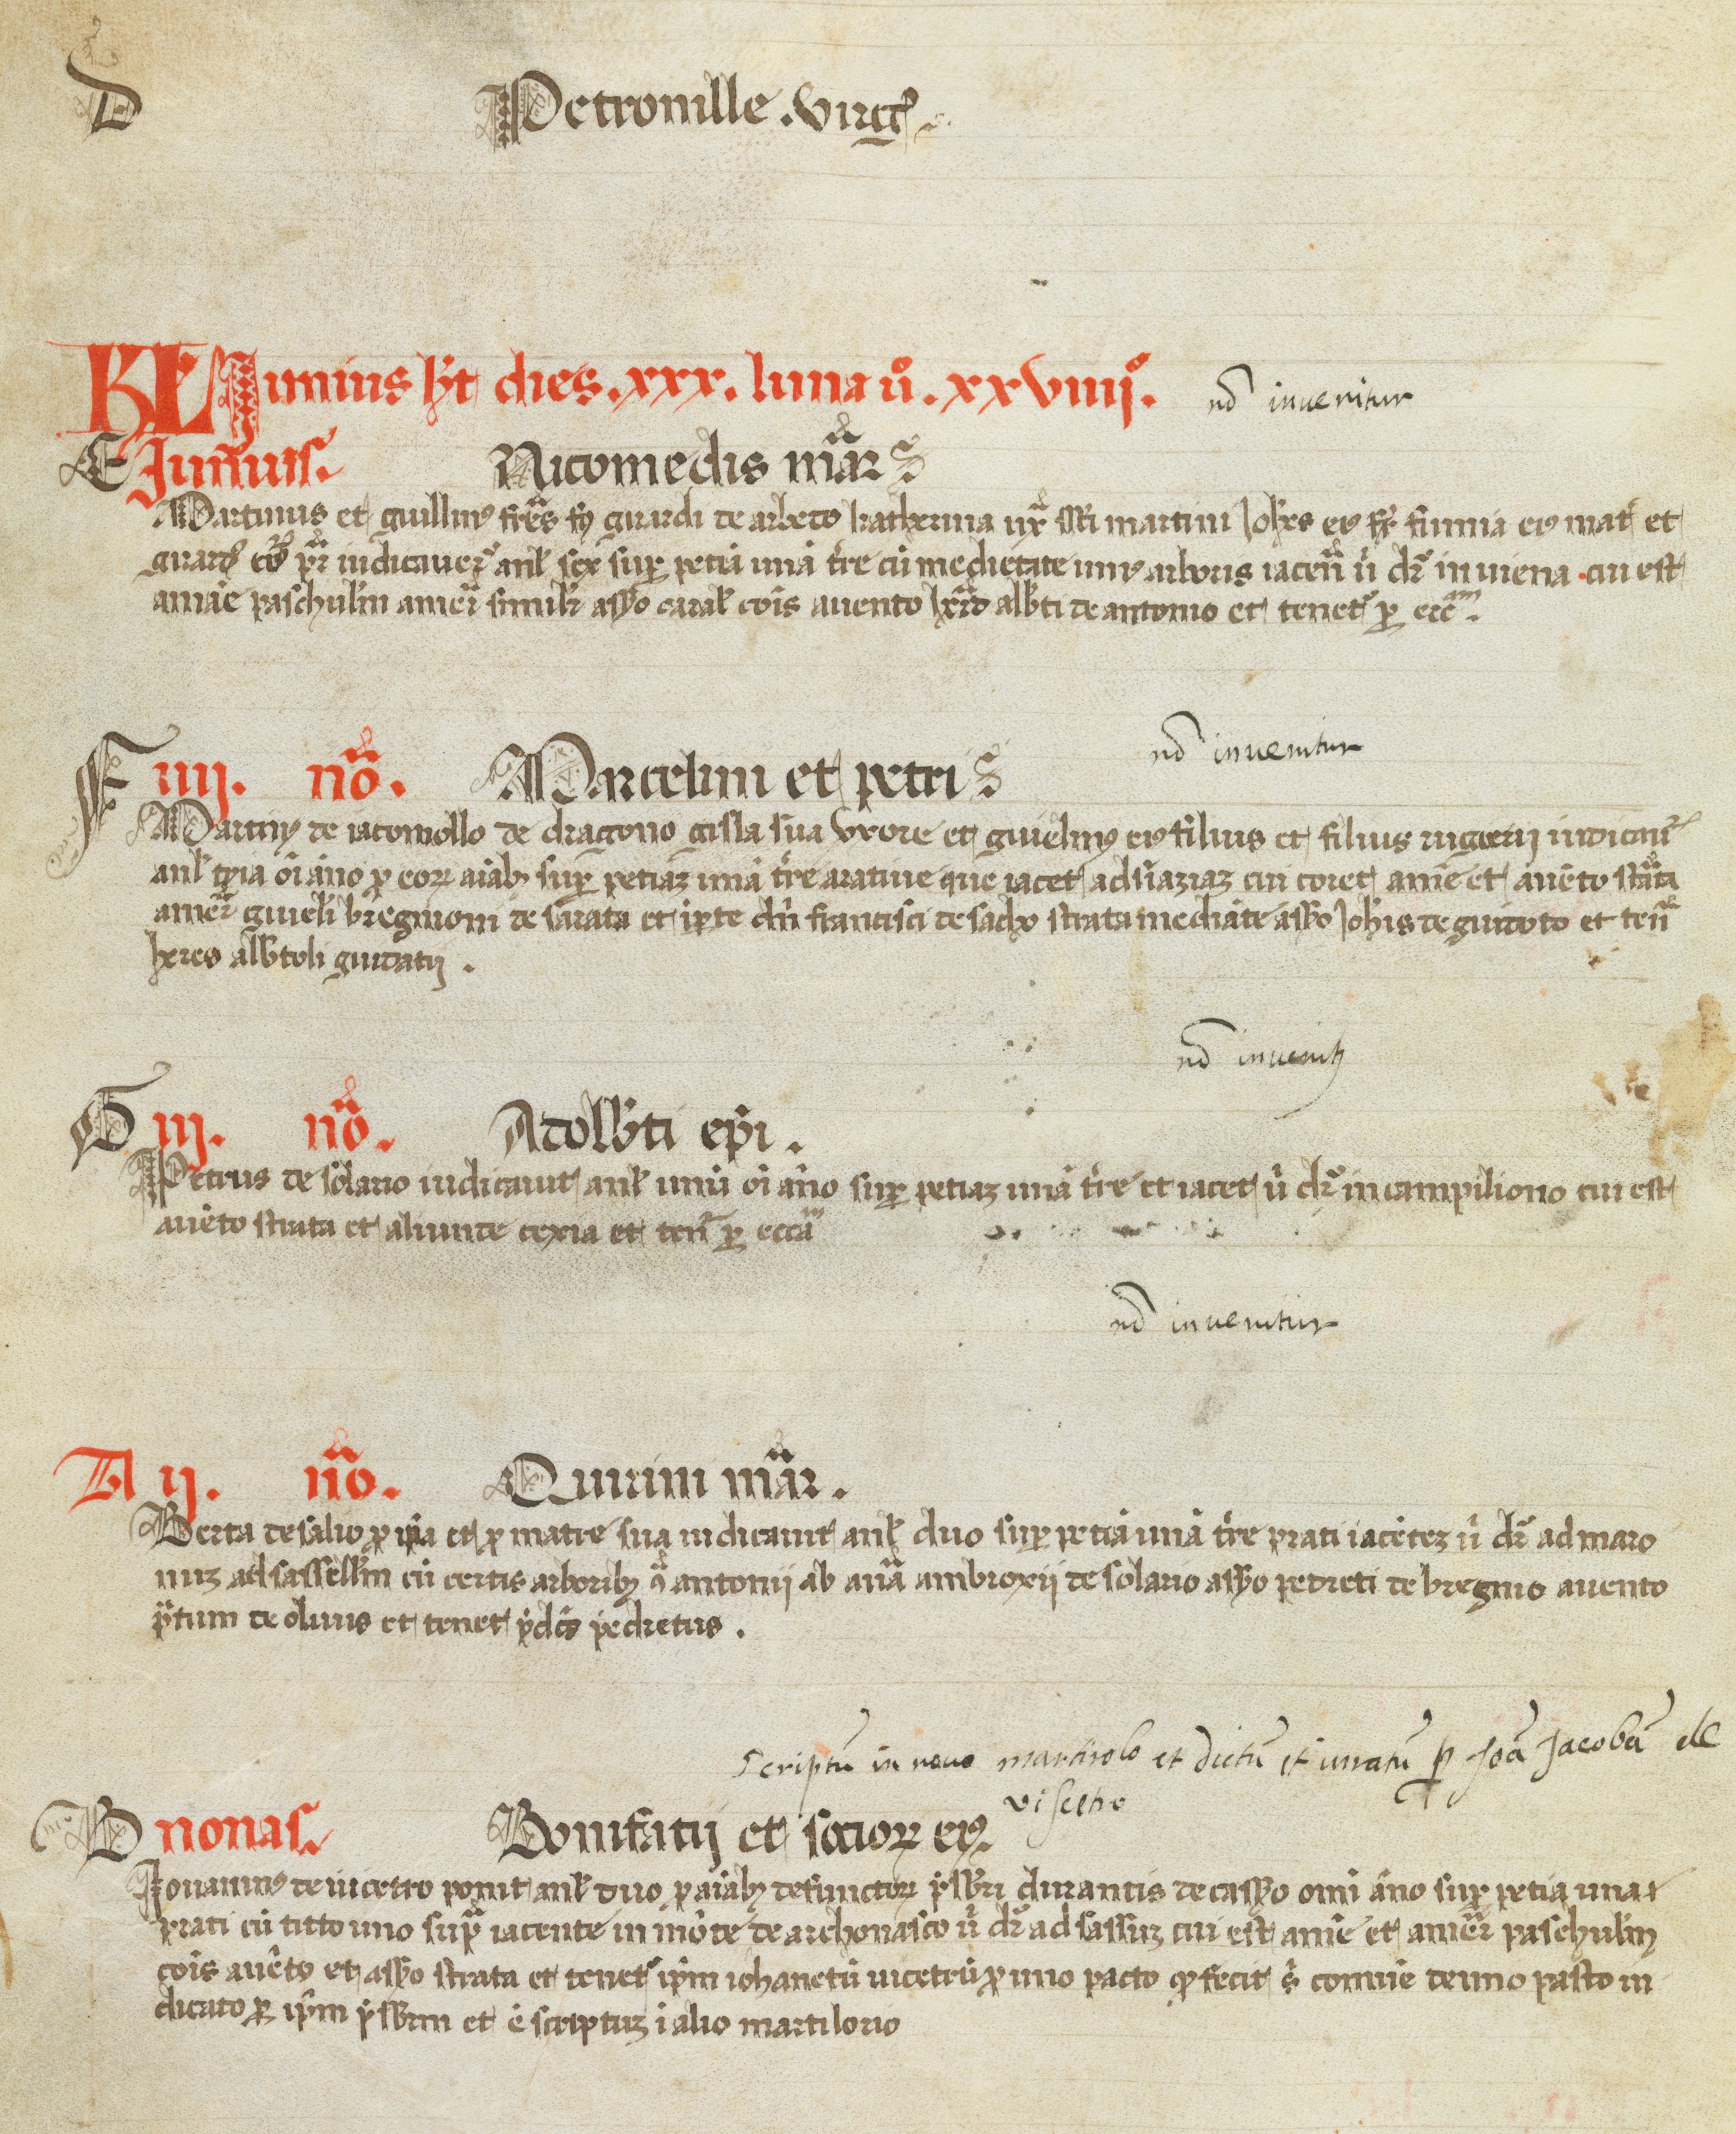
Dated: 1450–1499